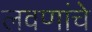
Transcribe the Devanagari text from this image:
लवणांचे